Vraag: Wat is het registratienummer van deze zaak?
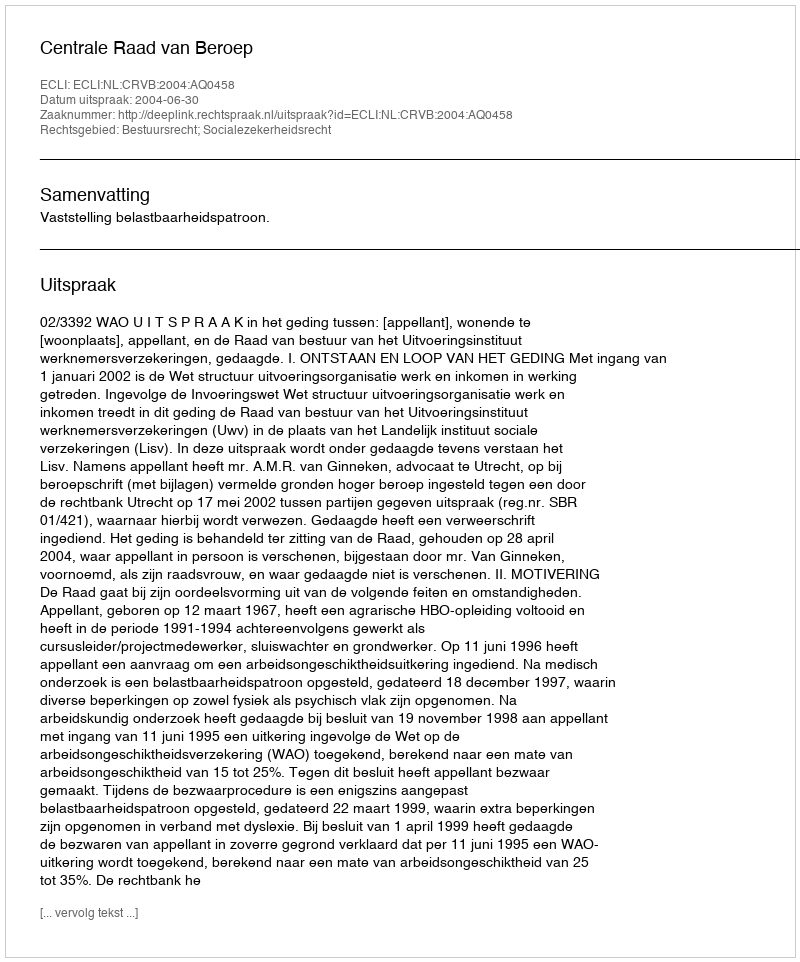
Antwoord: http://deeplink.rechtspraak.nl/uitspraak?id=ECLI:NL:CRVB:2004:AQ0458